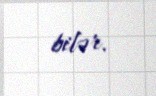
bilər.